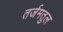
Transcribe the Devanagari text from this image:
तर्जमतुल